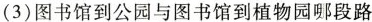
(3)图书馆到公园与图书馆到植物园哪段路